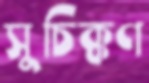
সুচিক্কণ